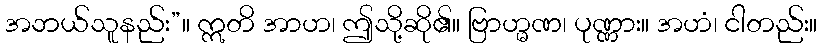
အဘယ်သူနည်း”။ ဣတိ အာဟ၊ ဤသို့ဆို၏။ ဗြာဟ္မဏ၊ ပုဏ္ဏား။ အဟံ၊ ငါတည်း။